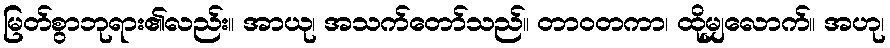
မြတ်စွာဘုရား၏လည်း။ အာယု၊ အသက်တော်သည်။ တာဝတကာ၊ ထိုမျှလောက်။ အဟု၊